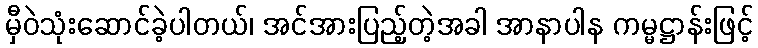
မှီဝဲသုံးဆောင်ခဲ့ပါတယ်၊ အင်အားပြည့်တဲ့အခါ အာနာပါန ကမ္မဋ္ဌာန်းဖြင့်